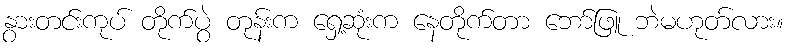
နွားတင်းကုပ် တိုက်ပွဲ တုန်းက ရှေ့ဆုံးက နေတိုက်တာ ဘော်ဖြူ ဘဲမဟုတ်လား။